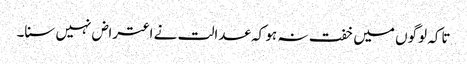
تاکہ لوگوں میں خفت نہ ہو کہ عدالت نے اعتراض نہیں سنا۔